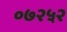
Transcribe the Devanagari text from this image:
०७२५२